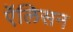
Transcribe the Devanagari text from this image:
एॅलिसन